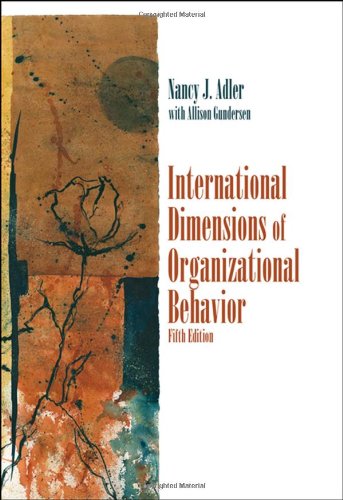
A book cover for International Dimensions of Organizational Behavior; Nancy J. Adler; Medical Books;